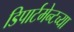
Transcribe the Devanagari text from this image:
डिपार्टमेन्टच्या